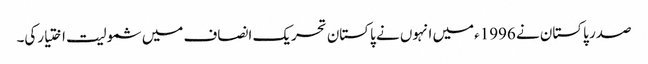
صدر پاکستان نے 1996ءمیں انہوں نے پاکستان تحریک انصاف میں شمولیت اختیارکی۔